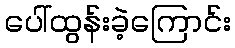
ပေါ်ထွန်းခဲ့ကြောင်း